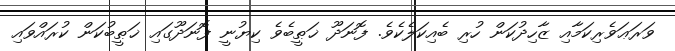
ވަރަޢަވެރިކަމާއި ޒާހިދުކަން ހުރި ބެއިކަލެކެވެ. ފޮނަދޫ ޚަޠީބެވެ ކިޔުނީ ފޮނަދޫގައި ޚަޠީބުކަން ކުރައްވައި